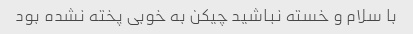
با سلام و خسته نباشید چیکن به خوبی پخته نشده بود